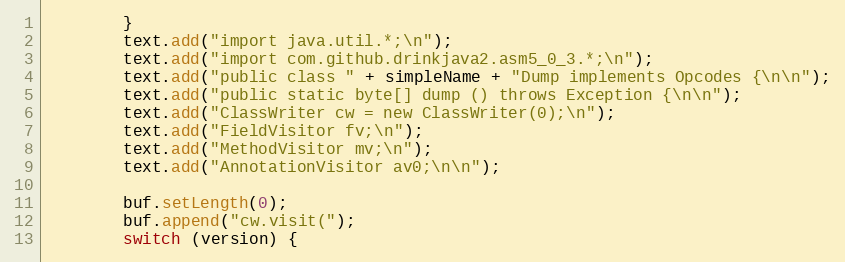
Language: Java
        }
        text.add("import java.util.*;\n");
        text.add("import com.github.drinkjava2.asm5_0_3.*;\n");
        text.add("public class " + simpleName + "Dump implements Opcodes {\n\n");
        text.add("public static byte[] dump () throws Exception {\n\n");
        text.add("ClassWriter cw = new ClassWriter(0);\n");
        text.add("FieldVisitor fv;\n");
        text.add("MethodVisitor mv;\n");
        text.add("AnnotationVisitor av0;\n\n");

        buf.setLength(0);
        buf.append("cw.visit(");
        switch (version) {